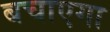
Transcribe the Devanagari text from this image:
बचाएगा